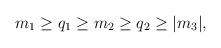
LaTeX: \begin{align*}m_1 \ge q_1 \ge m_2 \ge q_2 \ge \vert m_3 \vert , \end{align*}